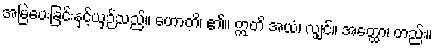
အမြဲပေးခြင်းနှင့်ယှဉ်သည်။ ဟောတိ၊ ၏။ ဣတိ အယံ၊ လျှင်။ အတ္ထော၊ တည်း။